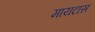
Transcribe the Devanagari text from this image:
मायटास